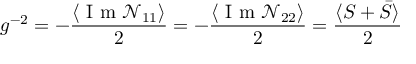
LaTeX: g ^ { - 2 } = - \frac { \langle \textrm { I m } \mathcal { N } _ { 1 1 } \rangle } { 2 } = - \frac { \langle \textrm { I m } \mathcal { N } _ { 2 2 } \rangle } { 2 } = \frac { \langle S + \bar { S } \rangle } { 2 }